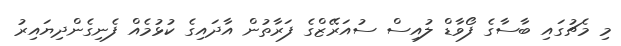
މި މެޗުގައި ބާސާގެ ފޯވާޑް ލުއިސް ސުއަރޭޒްގެ ފަރާތުން އާދައިގެ ކުޅުމެއް ފެނިގެންދިޔައިރު